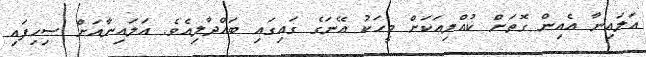
އަލައިނާ އެއިން ގޮތަށް ކުއްލިއަކަށް މީހަކު އޭނަގެ ގައިގައި ބައްދާލިއެވެ. އަލައިނާއަށް ސިހިފައި